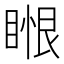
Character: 𥈥